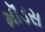
મૉડસ